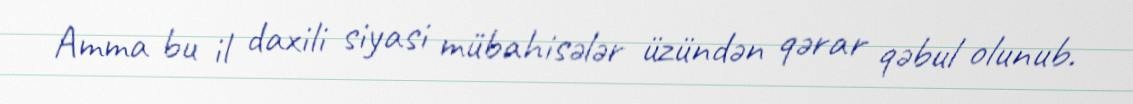
Amma bu il daxili siyasi mübahisələr üzündən qərar qəbul olunub.